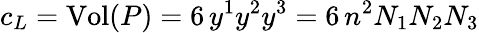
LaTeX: c_{L}=\mathrm{Vol}(P)=6\, y^{1}y^{2}y^{3}=6\, n^{2}N_{1}N_{2}N_{3}